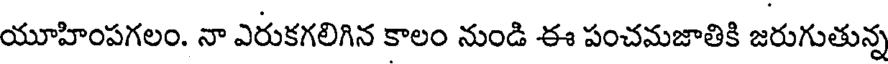
యూహింపగలం. నా ఎరుకగలిగిన కాలం నుండి ఈ పంచమజాతికి జరుగుతున్న